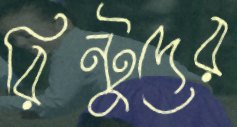
রিন্টুদের